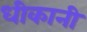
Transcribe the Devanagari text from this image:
धीकानी